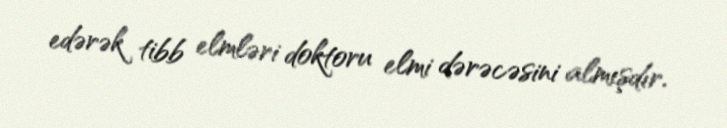
edərək tibb elmləri doktoru elmi dərəcəsini almışdır.